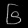
Digit: ၆